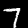
Digit: 7